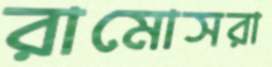
রামোসরা